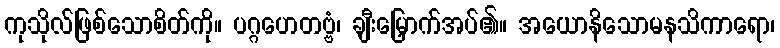
ကုသိုလ်ဖြစ်သောစိတ်ကို။ ပဂ္ဂဟေတဗ္ဗံ၊ ချီးမြှောက်အပ်၏။ အယောနိသောမနသိကာရော၊